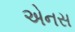
એનસ